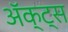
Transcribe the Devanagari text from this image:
ॲक्ट्स